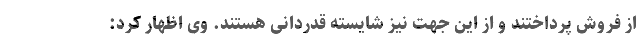
از فروش پرداختند و از این جهت نیز شایسته قدردانی هستند. وی اظهار کرد: